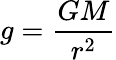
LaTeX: g={\frac{GM}{r^{2}}}